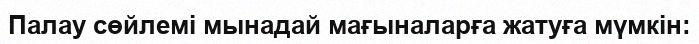
Палау сөйлемі мынадай мағыналарға жатуға мүмкін: